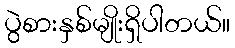
ပွဲစားနှစ်မျိုးရှိပါတယ်။